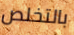
بالتخلص